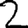
Digit: 2